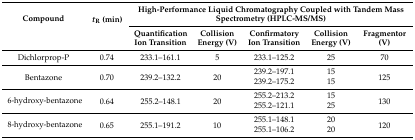
<table><thead><tr><td rowspan="2"><b>Compound</b></td><td rowspan="2"><b><i>t</i><sub>R</sub> (min)</b></td><td colspan="5"><b>High-Performance Liquid Chromatography Coupled with Tandem Mass Spectrometry (HPLC-MS/MS)</b></td></tr><tr><td><b>Quantification Ion Transition</b></td><td><b>Collision Energy (V)</b></td><td><b>Confirmatory Ion Transition</b></td><td><b>Collision Energy (V)</b></td><td><b>Fragmentor (V)</b></td></tr></thead><tbody><tr><td>Dichlorprop-P</td><td>0.74</td><td>233.1–161.1</td><td>5</td><td>233.1–125.2</td><td>25</td><td>70</td></tr><tr><td rowspan="2">Bentazone</td><td rowspan="2">0.70</td><td rowspan="2">239.2–132.2</td><td rowspan="2">20</td><td>239.2–197.1</td><td>15</td><td rowspan="2">125</td></tr><tr><td>239.2–175.2</td><td>15</td></tr><tr><td rowspan="2">6-hydroxy-bentazone</td><td rowspan="2">0.64</td><td rowspan="2">255.2–148.1</td><td rowspan="2">20</td><td>255.2–213.2</td><td>15</td><td rowspan="2">130</td></tr><tr><td>255.2–121.1</td><td>25</td></tr><tr><td rowspan="2">8-hydroxy-bentazone</td><td rowspan="2">0.65</td><td rowspan="2">255.1–191.2</td><td rowspan="2">10</td><td>255.1–148.1</td><td>20</td><td rowspan="2">120</td></tr><tr><td>255.1–106.2</td><td>20</td></tr></tbody></table>